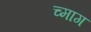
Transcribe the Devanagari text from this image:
च्माग